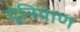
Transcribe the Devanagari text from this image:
दुनियाण